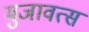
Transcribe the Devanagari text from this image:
मुजावत्स